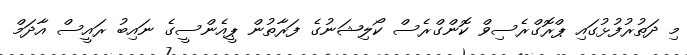
މި ދަތުރުފުޅުގައި ޕްރޮގްރެސިވް ކޮންގްރެސް ކޯލިޝަނުގެ ފަރާތުން ޕީއެންސީގެ ނައިބު ރައީސް އާދަމް